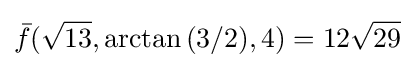
{\bar {f}}({\sqrt {13}},\arctan {(3/2)},4)=12{\sqrt {29}}